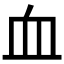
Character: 血